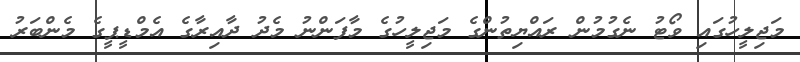
މަޖިލީހުގައި ވޯޓު ނެގުމުން ރައްޔިތުންގެ މަޖިލީހުގެ މާފަންނު މެދު ދާއިރާގެ އެމްޑީޕީގެ މެންބަރު